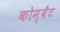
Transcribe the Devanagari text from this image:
कोम्बैट